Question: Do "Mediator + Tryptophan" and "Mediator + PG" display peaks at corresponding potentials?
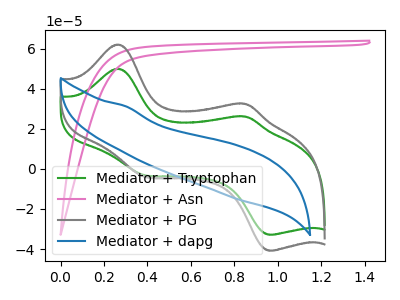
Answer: <think>The green curve "Mediator + Tryptophan" has anodic peaks at (0.25V, 50.05uA) (0.85V, 26.15uA) and cathodic peaks at (0.40V, -3.20uA) (0.95V, -32.85uA). The pink curve "Mediator + Asn" has no peaks. The gray curve "Mediator + PG" has anodic peaks at (0.25V, 62.15uA) (0.85V, 32.45uA) and cathodic peaks at (0.40V, -4.00uA) (0.95V, -40.85uA). The blue curve "Mediator + dapg" has no peaks.</think>
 <answer>Yes, "Mediator + Tryptophan" have a peak in "Mediator + PG" at the same potential.</answer>
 <eval>match</eval>